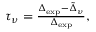
\begin{array} { r } { \tau _ { \nu } = \frac { \Delta _ { \mathrm { e x p } } - \tilde { \Delta } _ { \nu } } { \Delta _ { \mathrm { e x p } } } , } \end{array}